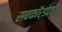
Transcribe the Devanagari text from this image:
सबकॉर्डेटा